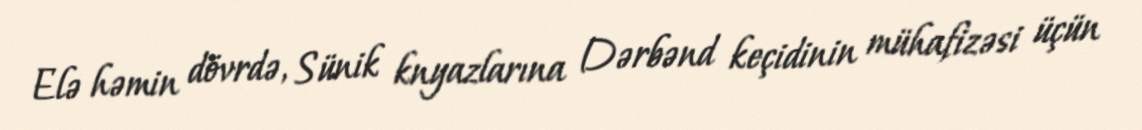
Elə həmin dövrdə, Sünik knyazlarına Dərbənd keçidinin mühafizəsi üçün